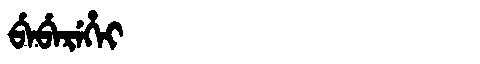
Manchu: ᠪᡝᠪᡝᡵᡝᡥᡝᡳ
Romanization: BEBEREHEI